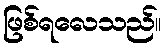
ဖြစ်ရလေသည်။